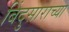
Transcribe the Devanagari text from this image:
बिंदुसाराच्या